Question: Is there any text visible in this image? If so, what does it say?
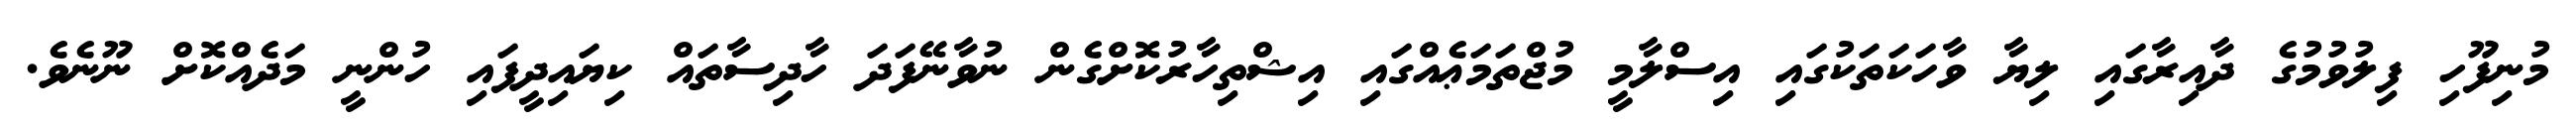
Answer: މުނިފޫހި ފިލުވުމުގެ ދާއިރާގައި ލިޔާ ވާހަކަތަކުގައި އިސްލާމީ މުޖްތަމަޢެއްގައި އިޝްތިހާރުކޮށްގެން ނުވާނޭފަދަ ހާދިސާތައް ކިޔައިދީފައި ހުންނީ މަދެއްކޮށް ނޫނެވެ.